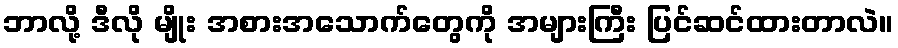
ဘာလို့ ဒီလို မျိုး အစားအသောက်တွေကို အများကြီး ပြင်ဆင်ထားတာလဲ။